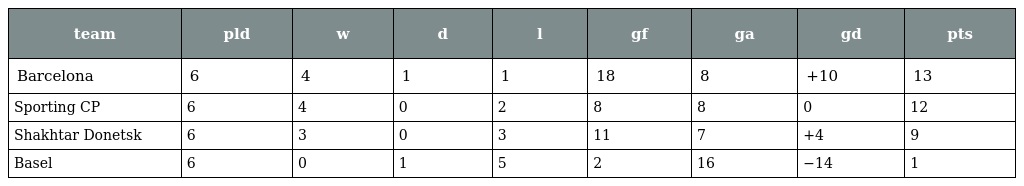
| team | pld | w | d | l | gf | ga | gd | pts |
 | --- | --- | --- | --- | --- | --- | --- | --- | --- |
 | Barcelona | 6 | 4 | 1 | 1 | 18 | 8 | +10 | 13 |
 | Sporting CP | 6 | 4 | 0 | 2 | 8 | 8 | 0 | 12 |
 | Shakhtar Donetsk | 6 | 3 | 0 | 3 | 11 | 7 | +4 | 9 |
 | Basel | 6 | 0 | 1 | 5 | 2 | 16 | −14 | 1 |